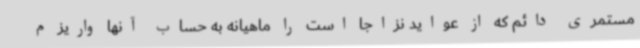
مستمری دائم که از عواید نزاجا است را ماهیانه به حساب آنها واریز م